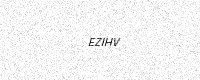
Text: EZIHV